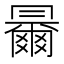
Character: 𠕰